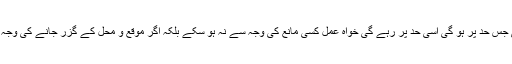
وہ خلوص و صداقت اور کمال صحت کی جس حد پر ہو گی اسی حد پر رہے گی خواہ عمل کسی مانع کی وجہ سے نہ ہو سکے بلکہ اگر موقع و محل کے گزر جانے کی وجہ سے نیت و ارادہ کی گنجائش نہ بھی ہو ۔